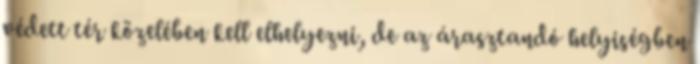
védett tér közelében kell elhelyezni, de az árasztandó helyiségben